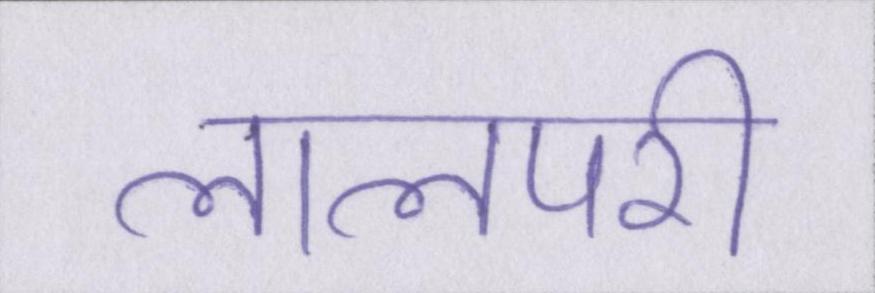
लालपरी